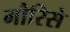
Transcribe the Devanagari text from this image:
मौरिसे